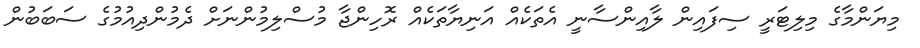
މިޔަންމާގެ މިލިޓަރީ ސިފައިން ލާއިންސާނީ އެތަކެއް އަނިޔާތަކެއް ރޮހިންޖާ މުސްލިމުންނަށް ދެމުންދިއުމުގެ ސަބަބުން